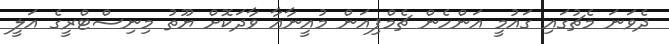
ދެވަނަ މެޗުގައި ގައުމީ އަންހެން ޗެމްޕިއަން މުއީނާއާ ވާދަކޮށް ޔޫތު މިނިސްޓްރީގެ އަލީ